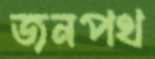
জনপথ